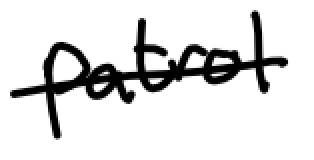
Text: patrol
Cross-out: single-line
Writing tool: digital_black